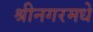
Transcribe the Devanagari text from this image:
श्रीनगरमधे